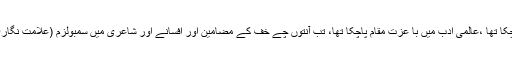
حقیقت نگاری پر زور دے چکا تھا ،عالمی ادب میں با عزت مقام پاچکا تھا، تب آنتوں چے خف کے مضامین اور افسانے اور شاعری میں سمبولزم (علامت نگاری) کی تحریک نمودار ہوئی۔